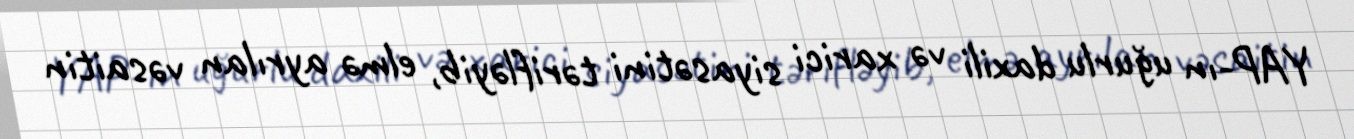
YAP-ın uğurlu daxili və xarici siyasətini tərifləyib, elmə ayrılan vəsaitin